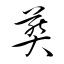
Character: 葬